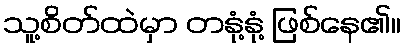
သူ့စိတ်ထဲမှာ တနုံ့နုံ့ ဖြစ်နေ၏။